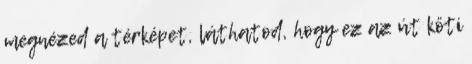
megnézed a térképet, láthatod, hogy ez az út köti